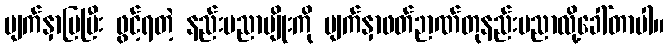
မျက်နှာပြပြီး ဖွင့်ရတဲ့ နည်းပညာမျိုးကို မျက်နှာဖတ်ဉာဏ်တုနည်းပညာလို့ခေါ်တာပါ။